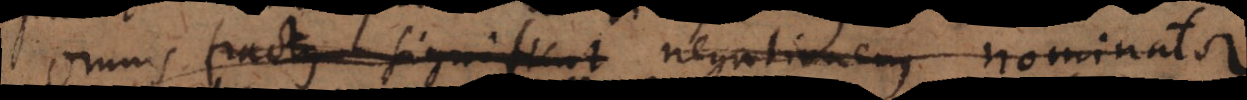
Omnis fractus significat negationem nominator